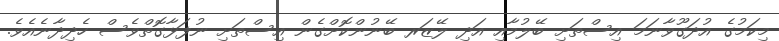
މިކަމުގެ އުދަގޫވާނަމަ އިސްތަށި ބޭލުމާއި އަދި ލޭޒަރ ބޭނުންކޮށްގެން އިސްތަށި ނުފަޅާގޮތްވެސް ހެދިދާނެއެވެ.